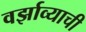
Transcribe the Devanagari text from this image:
वर्झाव्याची